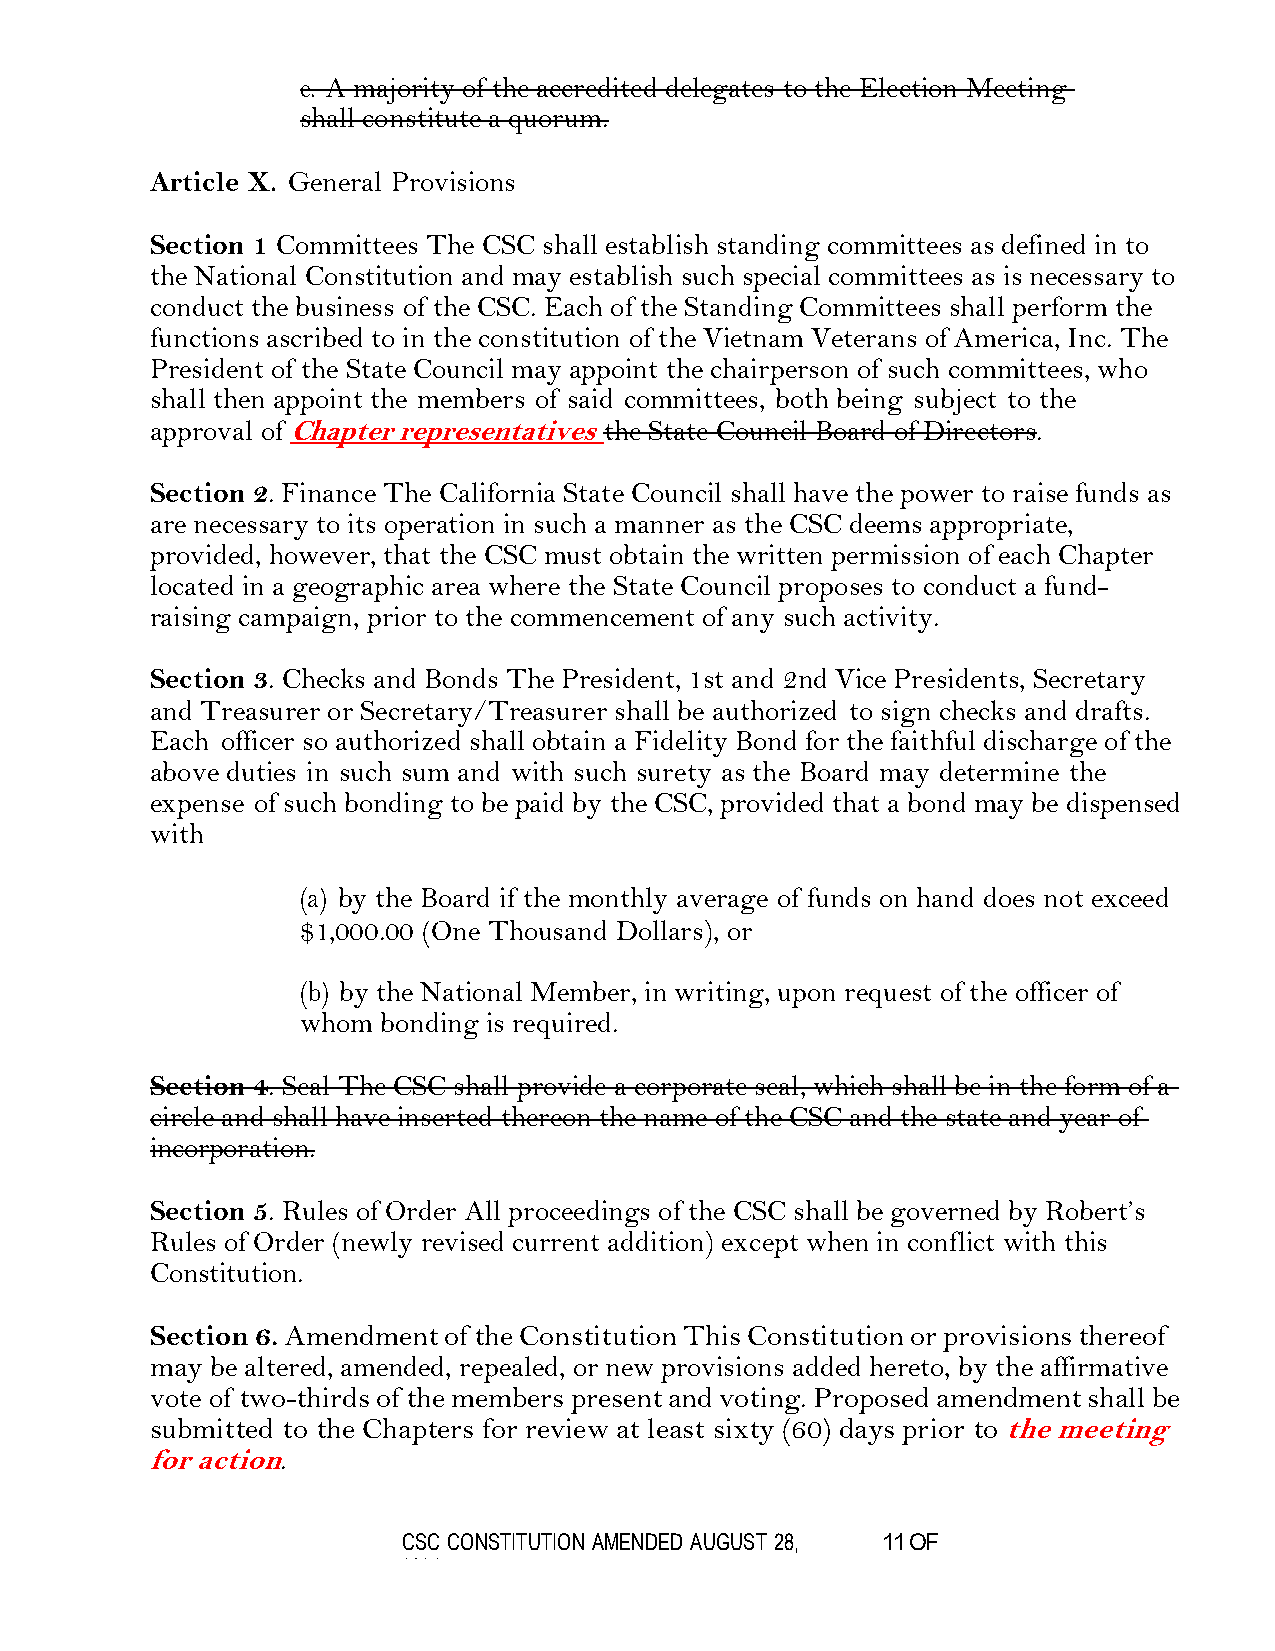
e. A majority of the accredited delegates to the Election Meeting
 shall constitute a quorum.
 Article X. General Provisions
 Section 1 Committees The CSC shall establish standing committees as defined in to
 the National Constitution and may establish such special committees as is necessary to
 conduct the business of the CSC. Each of the Standing Committees shall perform the
 functions ascribed to in the constitution of the Vietnam Veterans of America, Inc. The
 President of the State Council may appoint the chairperson of such committees, who
 shall then appoint the members of said committees, both being subject to the
 approval of Chapter representatives the State Council Board of Directors.
 Section 2. Finance The California State Council shall have the power to raise funds as
 are necessary to its operation in such a manner as the CSC deems appropriate,
 provided, however, that the CSC must obtain the written permission of each Chapter
 located in a geographic area where the State Council proposes to conduct a fund-
 raising campaign, prior to the commencement of any such activity.
 Section 3. Checks and Bonds The President, 1st and 2nd Vice Presidents, Secretary
 and Treasurer or Secretary/Treasurer shall be authorized to sign checks and drafts.
 Each officer so authorized shall obtain a Fidelity Bond for the faithful discharge of the
 above duties in such sum and with such surety as the Board may determine the
 expense of such bonding to be paid by the CSC, provided that a bond may be dispensed
 with
 (a) by the Board if the monthly average of funds on hand does not exceed
 $1,000.00 (One Thousand Dollars), or
 (b) by the National Member, in writing, upon request of the officer of
 whom bonding is required.
 Section 4. Seal The CSC shall provide a corporate seal, which shall be in the form of a
 circle and shall have inserted thereon the name of the CSC and the state and year of
 incorporation.
 Section 5. Rules of Order All proceedings of the CSC shall be governed by Robert’s
 Rules of Order (newly revised current addition) except when in conflict with this
 Constitution.
 Section 6. Amendment of the Constitution This Constitution or provisions thereof
 may be altered, amended, repealed, or new provisions added hereto, by the affirmative
 vote of two-thirds of the members present and voting. Proposed amendment shall be
 submitted to the Chapters for review at least sixty (60) days prior to the meeting
 for action.
 CSC CONSTITUTION AMENDED AUGUST 28, 11 OF
 2021